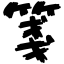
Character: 箋